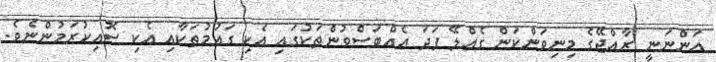
އަންނަނީ ރާއްޖޭގެ މިނިވަންކަން ގެއްލޭ ފަދަ އެއްބަސްވުންތަކުގައި އެކި ގައުމުތަކާއި އެކި ސޮއިކުރަމުންނެވެ.